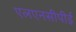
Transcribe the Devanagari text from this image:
एलएनसीपीई